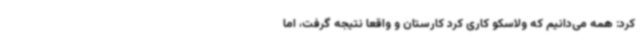
کرد: همه می‌دانیم که ولاسکو کاری کرد کارستان و واقعا نتیجه گرفت، اما